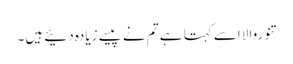
تنوروالا اسے کہتا ہے تم نے پیسے زیادہ دئیے ہیں۔